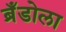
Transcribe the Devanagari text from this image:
ब्रँडोला